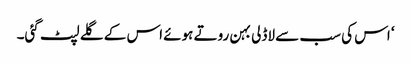
‘ اس کی سب سے لاڈلی بہن روتے ہوئے اس کے گلے لپٹ گئی۔